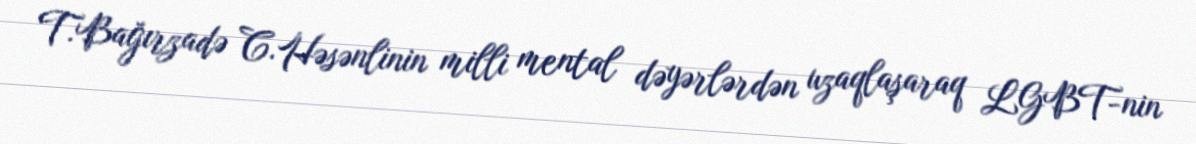
T.Bağırzadə C.Həsənlinin milli mental dəyərlərdən uzaqlaşaraq LGBT-nin